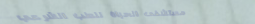
مستشفى الحياة للطب الشرعي